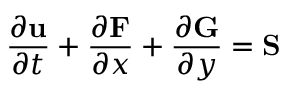
\frac { \partial \mathbf u } { \partial t } + \frac { \partial \mathbf F } { \partial x } + \frac { \partial \mathbf G } { \partial y } = \mathbf S